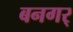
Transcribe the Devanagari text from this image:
बनगर्